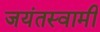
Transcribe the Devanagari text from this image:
जयंतस्वामी